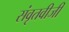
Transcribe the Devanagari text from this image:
संवृतवीजी